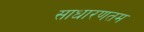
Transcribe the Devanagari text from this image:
साधारणतम